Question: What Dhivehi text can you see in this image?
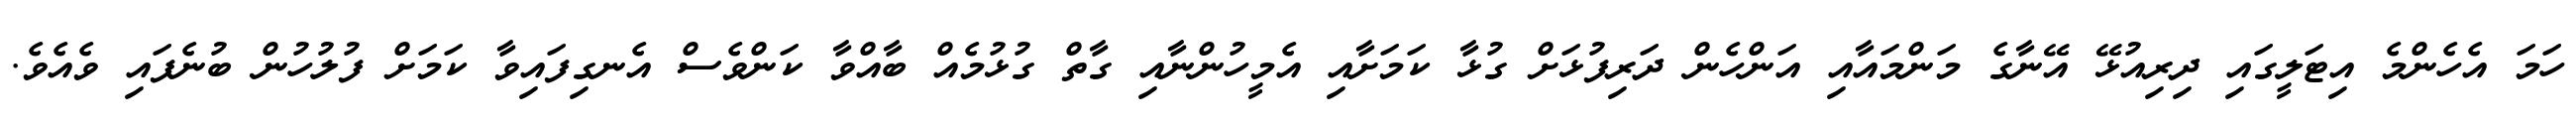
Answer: ހަމަ އެހެންމެ އިޓަލީގައި ދިރިއުޅޭ އޭނާގެ މަންމައާއި އަންހެން ދަރިފުޅަށް ގުޅާ ކަމަށާއި އެމީހުންނާއި ގާތް ގުޅުމެއް ބާއްވާ ކަންވެސް އެނގިފައިވާ ކަމަށް ފުލުހުން ބުނެފައި ވެއެވެ.